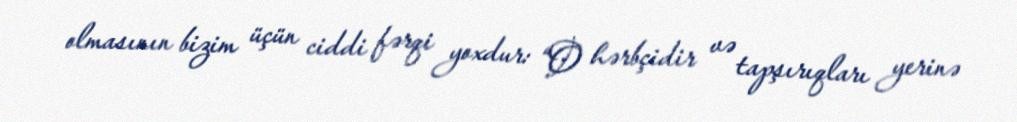
olmasının bizim üçün ciddi fərqi yoxdur: “O hərbçidir və tapşırıqları yerinə